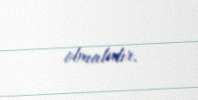
olmalıdır.